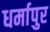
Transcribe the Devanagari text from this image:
धर्मापुर